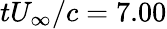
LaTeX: tU_{\infty}/c=7.00